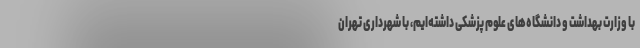
با وزارت بهداشت و دانشگاه‌های علوم پزشکی داشته‌ایم، با شهرداری تهران